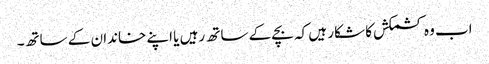
اب وہ کشمکش کا شکار ہیں کہ بچے کے ساتھ رہیں یا اپنے خاندان کے ساتھ۔